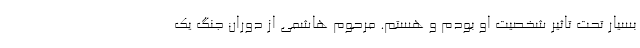
بسیار تحت تاثیر شخصیت او بودم و هستم. مرحوم هاشمی از دوران جنگ یک